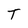
Character: T